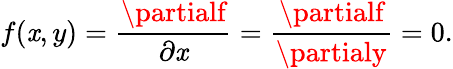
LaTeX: f(\mathit{x},y)={\frac{{\partialf}}{{\partial\mathit{x}}}}={\frac{{\partialf}}{{\partialy}}}=0.